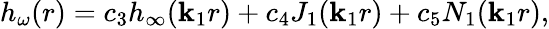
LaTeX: h_{\omega}(r)=c_{3}h_{\infty}(\mathbf{k}_{1}r)+c_{4}J_{1}(\mathbf{k}_{1}r)+c_{5}N_{1}(\mathbf{k}_{1}r),